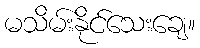
မသိမ်းနိုင်သေးချေ။